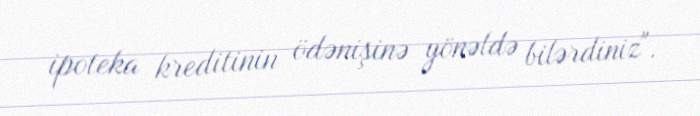
ipoteka kreditinin ödənişinə yönəldə bilərdiniz".